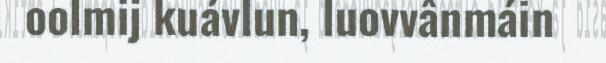
oolmij kuávlun, luovvânmáin